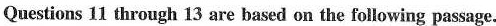
Questions 11 through 13 are based on the following passage.